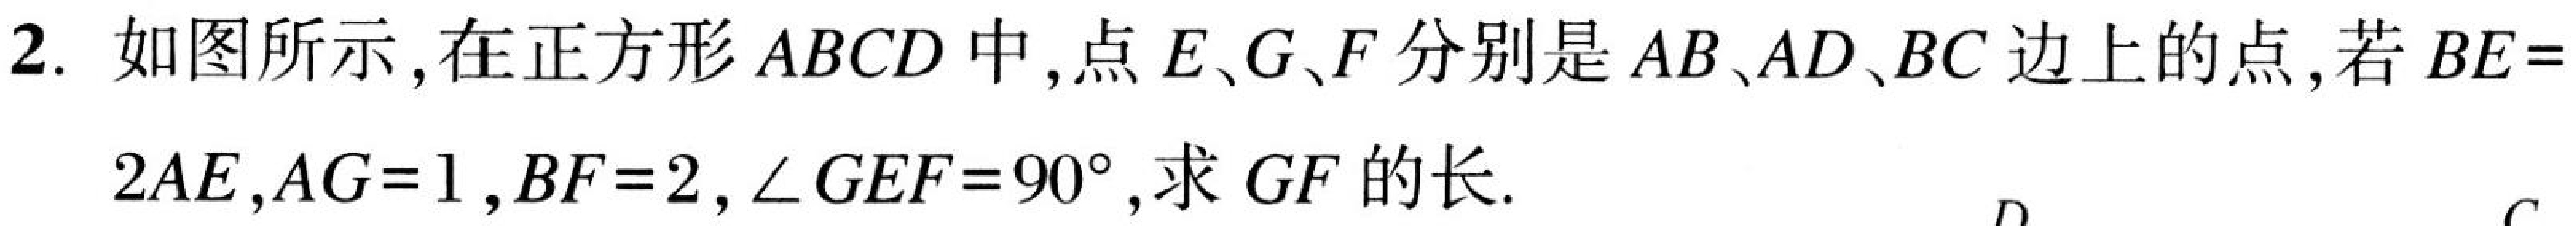
2. 如图所示，在正方形\(ABCD\)中，点\(E、G、F\)分别是\(AB、AD、BC\)边上的点，若\(BE =\)
\(2AE\)，\(AG = 1\)，\(BF = 2\)，\(\angle GEF = 90^{\circ}\)，求\(GF\)的长.